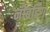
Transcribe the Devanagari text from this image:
नीबर्डिंग